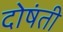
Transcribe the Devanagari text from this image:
दोषंती